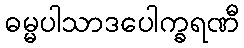
ဓမ္မပါသာဒပေါက္ခရဏီ